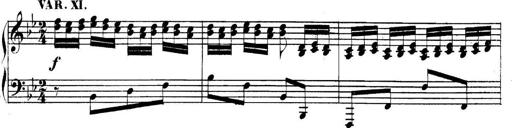
Title: Collected Piano Sonatas
Composer: Muzio Clementi